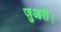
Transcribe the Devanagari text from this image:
जुआरी।